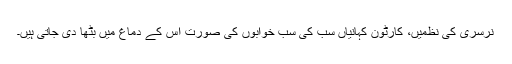
نرسری کی نظمیں، کارٹون کہانیاں سب کی سب خوابوں کی صورت اس کے دماغ میں بٹھا دی جاتی ہیں۔